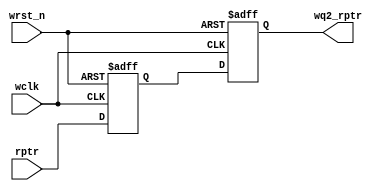
`timescale 1ns / 1ps
//////////////////////////////////////////////////////////////////////////////////
// Company: 
// Engineer: 
// 
// Design Name: 
// Module Name:    sync_r2w 
// Project Name: 
// Target Devices: 
// Tool versions: 
// Description: 
//
// Dependencies: 
//
// Revision: 
// Revision 0.01 - File Created
// Additional Comments: 
//
//////////////////////////////////////////////////////////////////////////////////
module sync_r2w_top #(parameter ADDRSIZE = 5)
(output reg [ADDRSIZE:0] wq2_rptr,
input [ADDRSIZE:0] rptr,
input wclk, wrst_n);
reg [ADDRSIZE:0] wq1_rptr;
always @(posedge wclk or negedge wrst_n)
if (!wrst_n) {wq2_rptr,wq1_rptr} <= 0;
else {wq2_rptr,wq1_rptr} <= {wq1_rptr,rptr};
endmodule